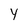
Character: y